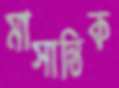
মাসান্তিক